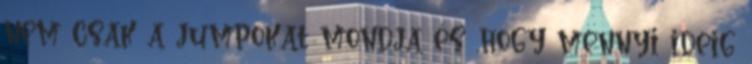
nem csak a jumpokat mondja és ,hogy mennyi ideig